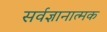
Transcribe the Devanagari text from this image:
सर्वज्ञानात्मक